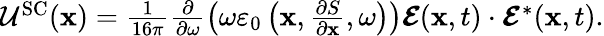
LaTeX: \begin{array}{r}{\mathcal{U}^{\mathrm{SC}}(\mathbf{x})=\frac{1}{16\pi}\frac{\partial}{\partial\omega}\left(\omega\varepsilon_{0}\left(\mathbf{x},\frac{\partial S}{\partial\mathbf{x}},\omega\right)\right)\boldsymbol{\mathcal{E}}(\mathbf{x},t)\cdot\boldsymbol{\mathcal{E}}^{*}(\mathbf{x},t).}\end{array}